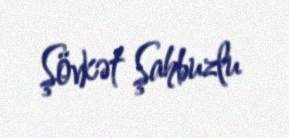
Şövkət Şahbuzlu